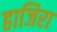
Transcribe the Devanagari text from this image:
हाजिरा